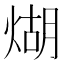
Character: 煳